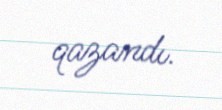
qazandı.